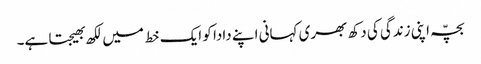
بچّہ اپنی زندگی کی دکھ بھری کہانی اپنے دادا کو ایک خط میں لکھ بھیجتا ہے۔